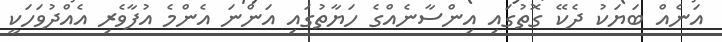
އަނެއް ބަޔަކު ދެކޭ ގޮތުގައި އިންސާނެއްގެ ހަޔާތުގައި އަންނަ އެންމެ އުފާވެރި އެއްދުވަހަކީ